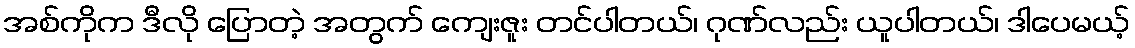
အစ်ကိုက ဒီလို ပြောတဲ့ အတွက် ကျေးဇူး တင်ပါတယ်၊ ဂုဏ်လည်း ယူပါတယ်၊ ဒါပေမယ့်